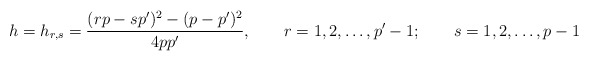
\begin{align*}h=h_{r,s}={(rp-sp')^2-(p-p')^2\over 4pp'},\qquad r=1,2,\ldots,p'-1;\qquad s=1,2,\ldots,p-1\end{align*}